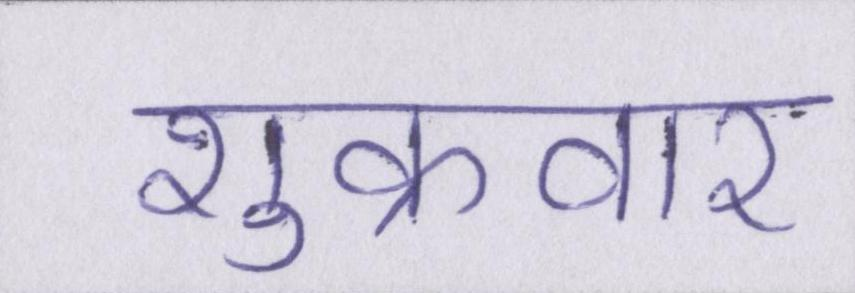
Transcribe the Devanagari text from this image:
शुक्रवार